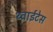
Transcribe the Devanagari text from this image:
थ्वाईटेस